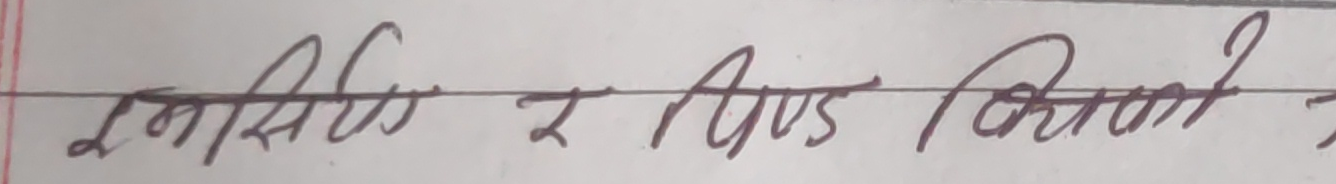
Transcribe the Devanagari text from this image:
इनासिंर र बिण्ड विमान